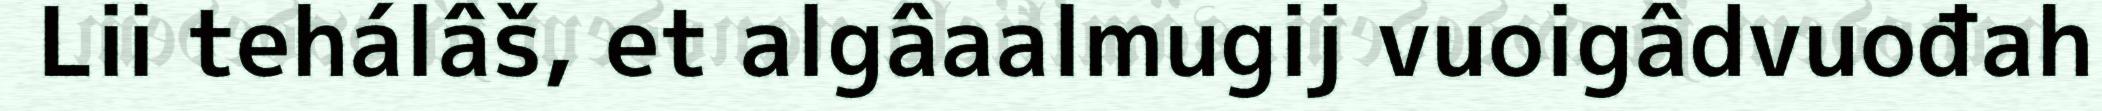
Lii tehálâš, et algâaalmugij vuoigâdvuođah